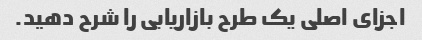
اجزای اصلی یک طرح بازاریابی را شرح دهید.